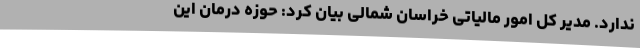
ندارد. مدیر کل امور مالیاتی خراسان شمالی بیان کرد: حوزه درمان این